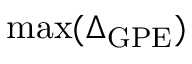
\operatorname* { m a x } ( \Delta _ { \mathrm { G P E } } )